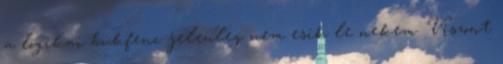
a logikai bukfenc jelenleg nem esik le nekem. Viszont